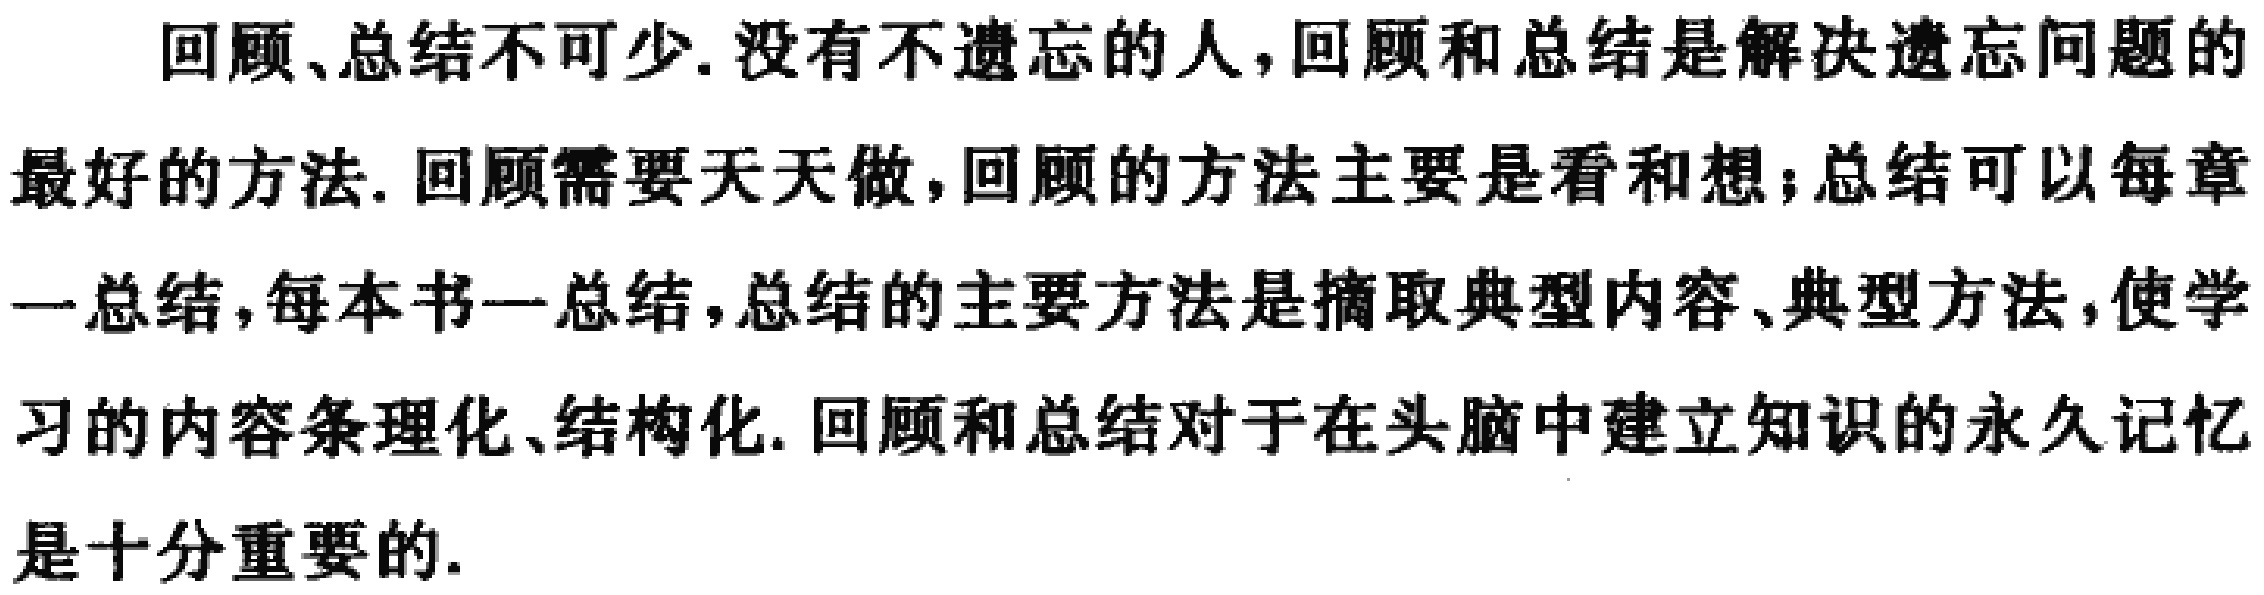
回顾、总结不可少. 没有不遗忘的人, 回顾和总结是解决遗忘问题的

最好的方法. 回顾需要天天做, 回顾的方法主要是看和想; 总结可以每章

一总结, 每本书一总结, 总结的主要方法是摘取典型内容、典型方法, 使学

习的内容条理化、结构化. 回顾和总结对于在头脑中建立知识的永久记忆

是十分重要的.